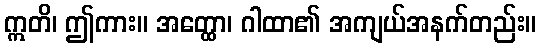
ဣတိ၊ ဤကား။ အတ္ထော၊ ဂါထာ၏ အကျယ်အနက်တည်း။